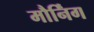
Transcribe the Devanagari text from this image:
मौर्निंग